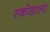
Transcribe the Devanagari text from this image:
स्कोडाला